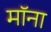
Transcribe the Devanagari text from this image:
मॉना